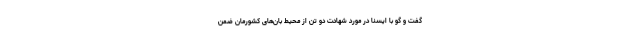
گفت و گو با ایسنا در مورد شهادت دو تن از محیط بان‌های کشورمان ضمن